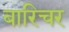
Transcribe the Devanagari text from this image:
बारिचर